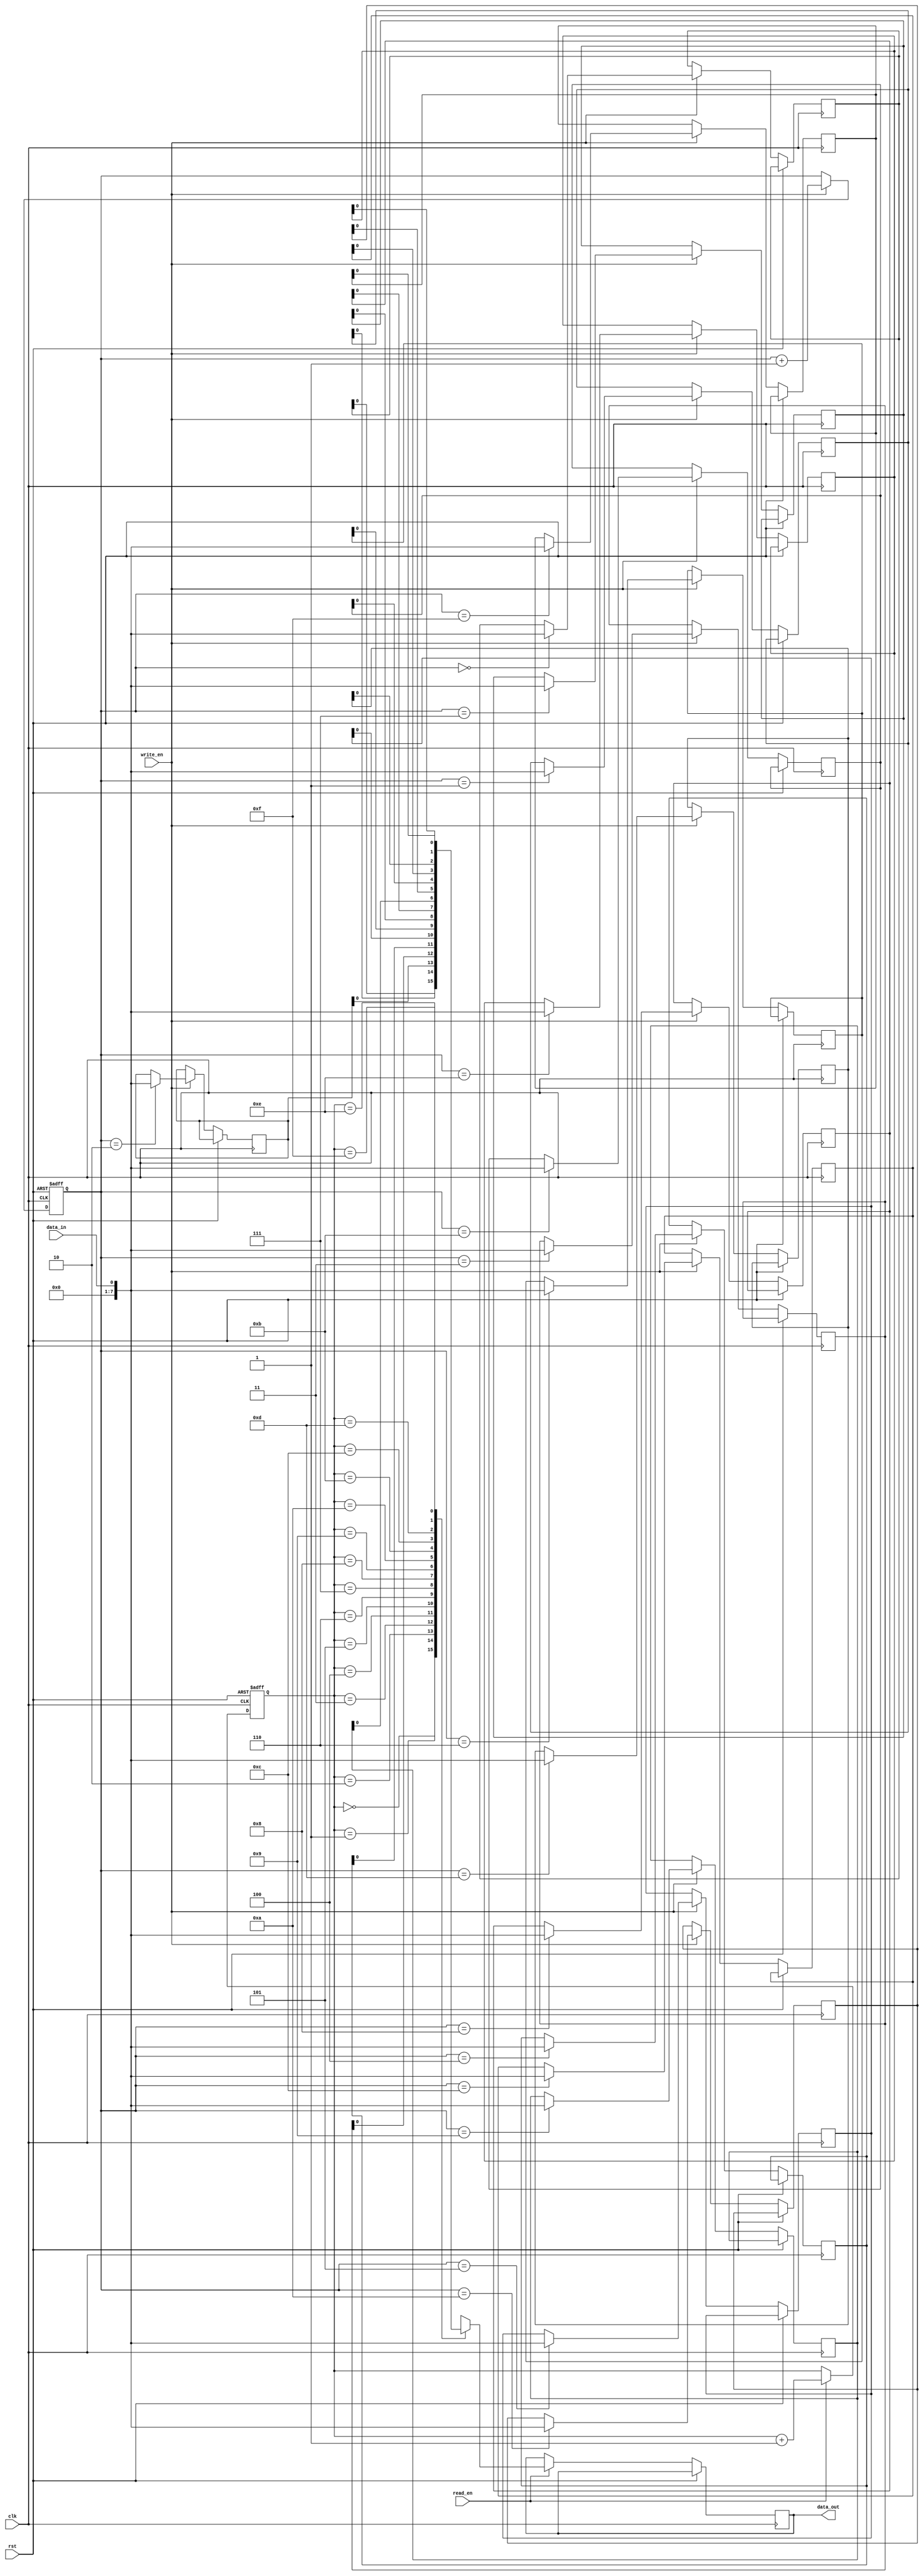
module Bidirectional_FIFO (
  input wire clk,
  input wire rst,
  input wire write_en,
  input wire read_en,
  input wire data_in,
  output reg data_out
);

parameter DEPTH = 16; // Depth of the FIFO

reg [7:0] memory [0:DEPTH-1]; // Create memory of depth DEPTH

reg [3:0] write_ptr = 4'h0; // Initialize write pointer
reg [3:0] read_ptr = 4'h0; // Initialize read pointer

always @ (posedge clk or posedge rst)
begin
  if (rst) begin
    write_ptr <= 4'h0; // Reset write pointer
    read_ptr <= 4'h0; // Reset read pointer
  end
  else begin
    // Write operation
    if (write_en) begin
      memory[write_ptr] <= data_in; // Write data to memory
      write_ptr <= write_ptr + 1; // Increment write pointer
    end
    
    // Read operation
    if (read_en) begin
      data_out <= memory[read_ptr]; // Read data from memory
      read_ptr <= read_ptr + 1; // Increment read pointer
    end
  end
end

endmodule